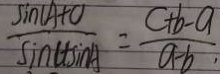
\frac { \sin ( A + C ) } { \sin C + \sin A } = \frac { C + b - a } { a - b } ,